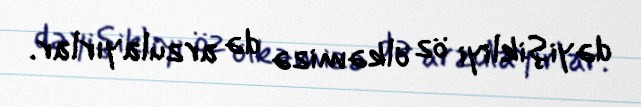
dəyişikliyi öz ölkəmizə də arzulayırlar.